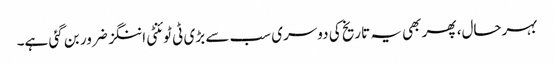
بہرحال، پھر بھی یہ تاریخ کی دوسری سب سے بڑی ٹی ٹوئنٹی اننگز ضرور بن گئی ہے۔